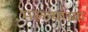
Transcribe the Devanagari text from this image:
मल्ल्यांच्या